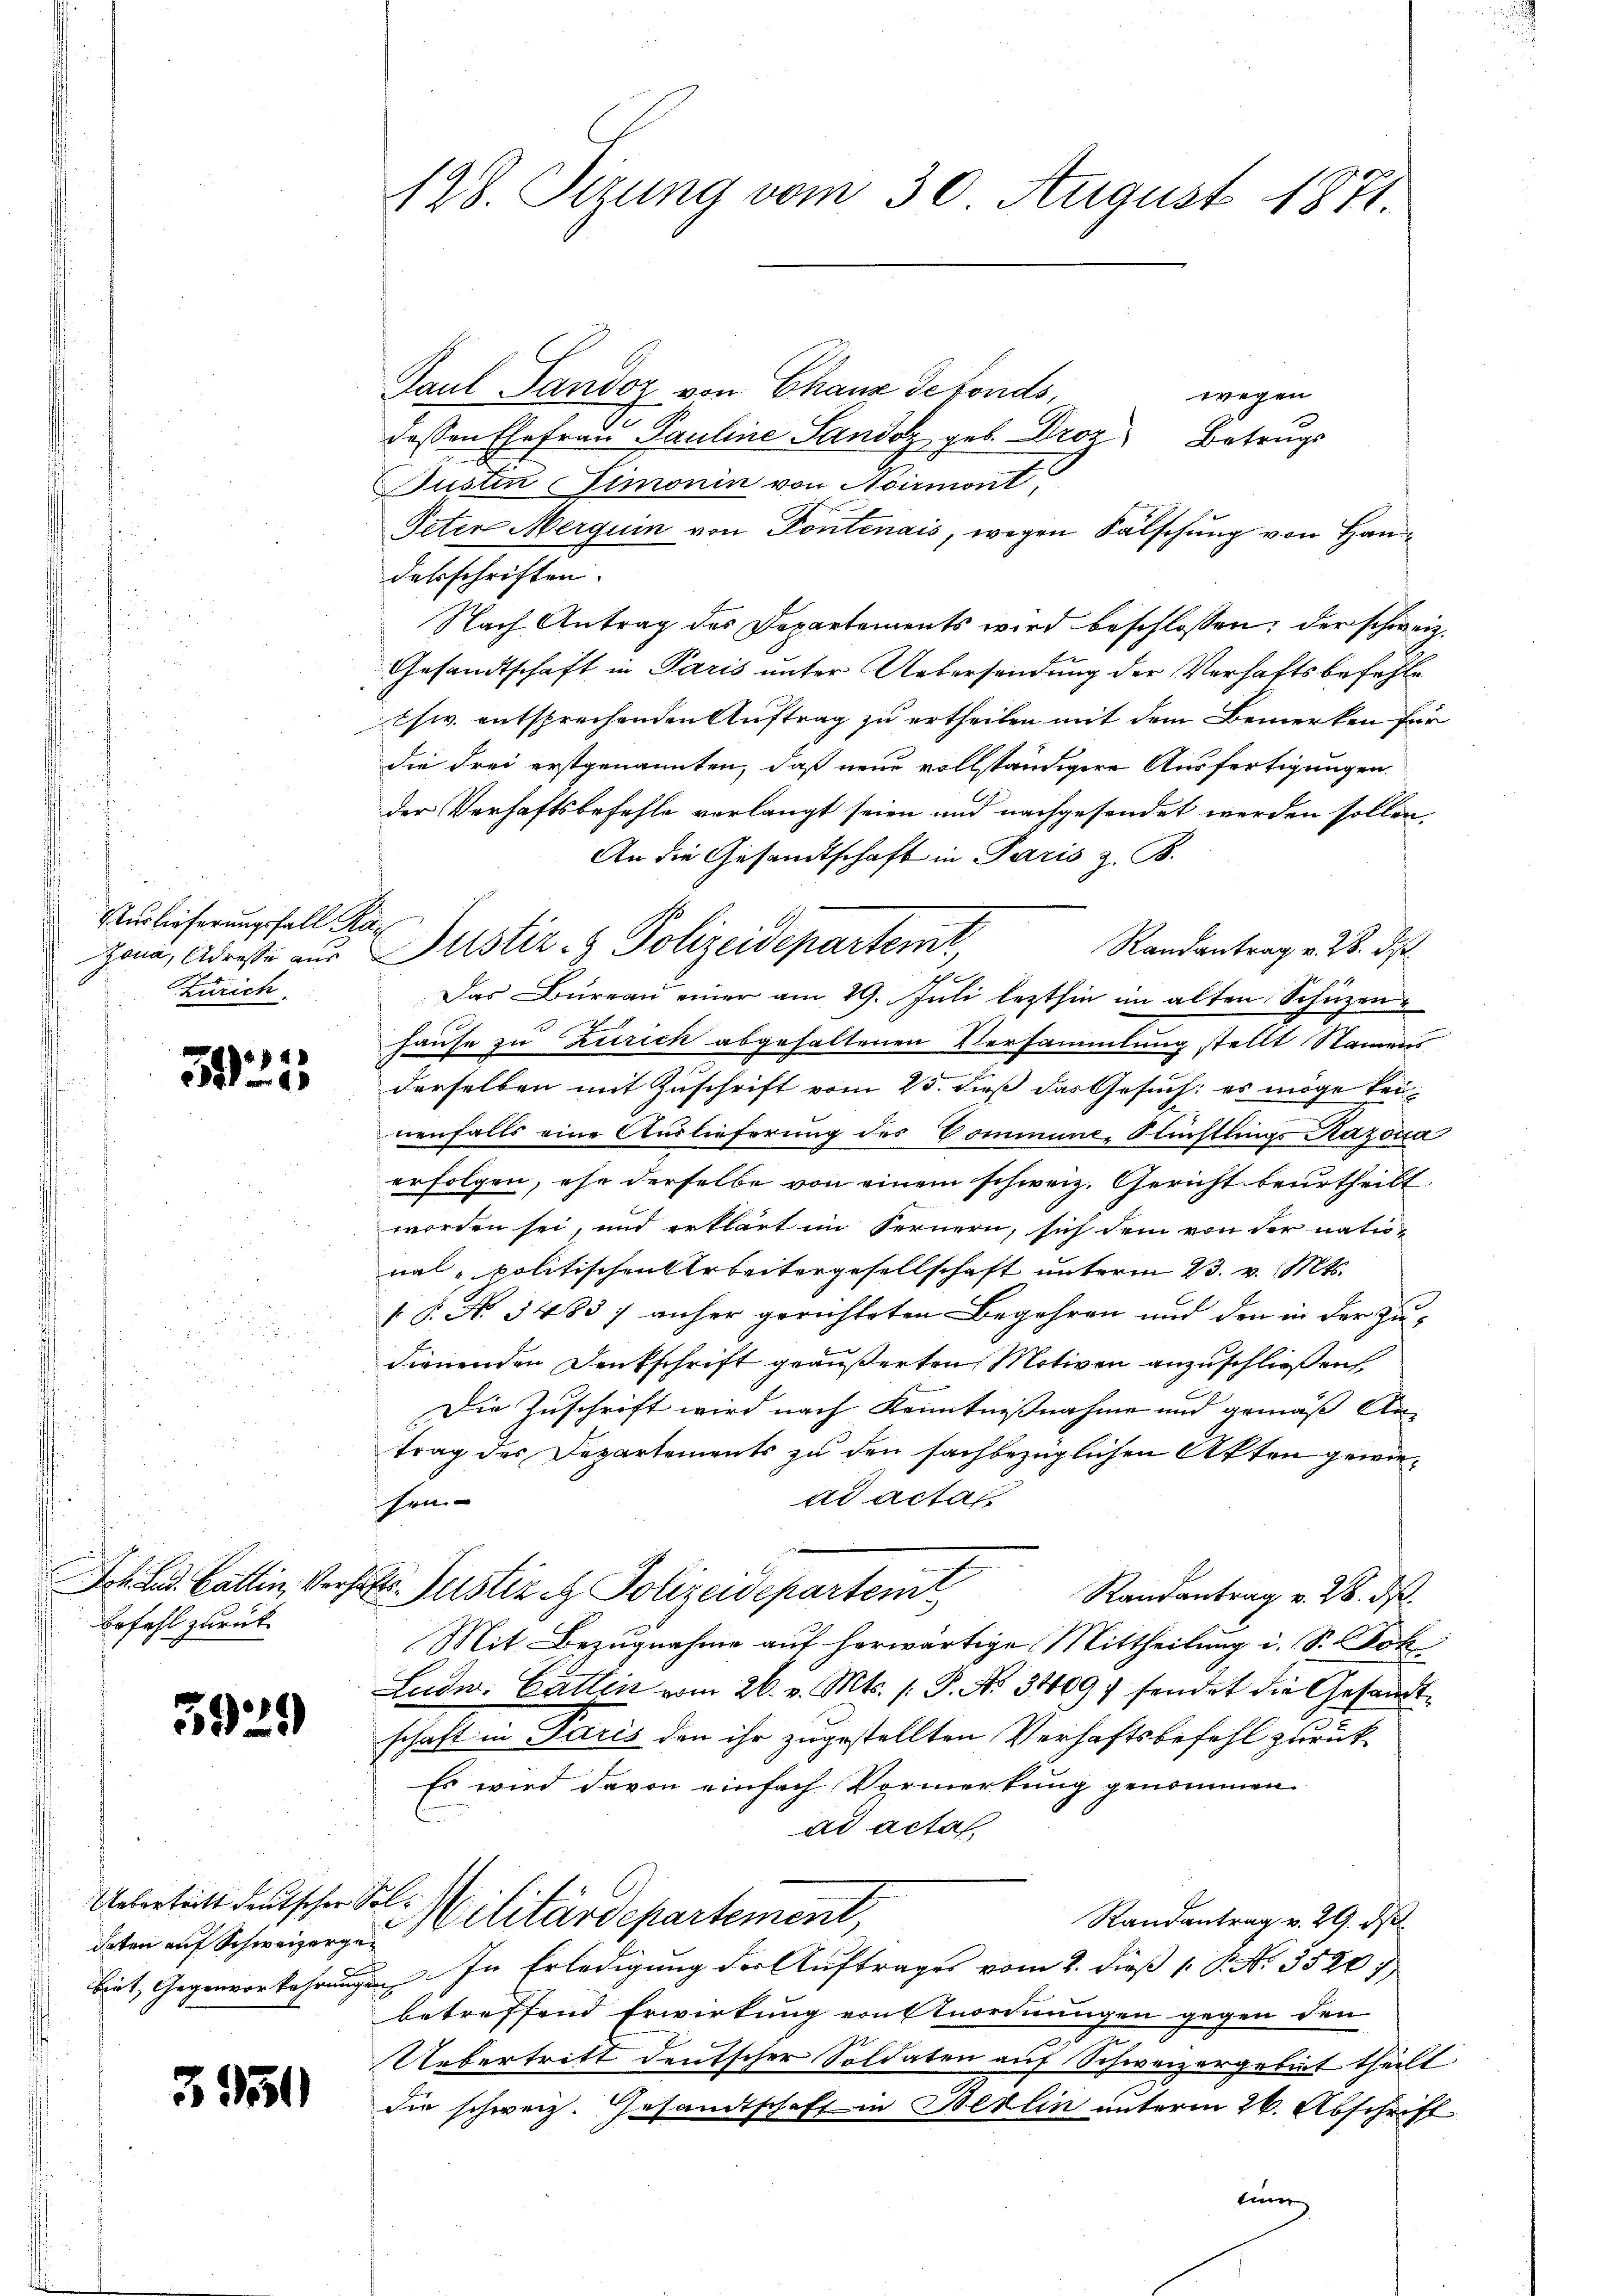
Kurlieferungsfall Ra
Zürich

994
9 60

Befehl zurück

5929

Uebertritt deutscher Soldeten auf Schweizerge¬

3951

128. Sizung vom 30. August 1871.

Paul Pandoz von Chanz Gefonds
dessen Ehefrau Pauline Sandoz geb. Droz Betrags
Busten Simonin von Noirmont,
Peten Merquin von Pontenais, wegen Fälschung von Handabschriften.
Nach Antrag des Departements wird beschlossen: der schweiz,
Gesandtschaft in Paris unter Uebersendung der Verhaftsbefehle
chw. entsprechenden Auftrag zu ertheilen mit dem Bemerken für
die Frei erstgenannten, daß neue vollständigere Ausfertigungen.
der Verhaftsbefehle verlangt seien und nachgesendet werden sollen,
An die Gesandtschaft in Paris z. B.
Randantrag v. 28. di
.
Das Büreau einer am 29. Juli lezthin im alten Schüzen¬
Hause zu Zürich abgehaltenen Versammlung stellt Namens
derselben mit Zuschrift vom 25. dieß das Gesuch: es möge kei-
nenfalls eine Auslieferung des Dominune, Nüchtlings Razona
erfolgen, ehe derselbe von einem schweiz. Gericht beurtheilt
worden sei, und erklärt im Fernern, sich dem von der nationalpolitischen Arbeitergesellschaft unterm 23. v. Mts.
[P. No. 3483 :/ anher gerichteten Begehren und den in der Zudienenden Denkschrift geäußerten Motiven anzuschließen,
Die Zuschrift wird nach Kenntnißnahme und gemäß An-
trag des Departements zu den sachbezüglichen Akten gewiead acta
chen
Joh und Gattin, Verhalte Justiz & Polizeidepartemt
Randantrag v. 28. ds.
Mit Bezugnahme auf herwärtige Mittheilung i. S. Dok
Lude: Catten vom 26. v. Mts. s. P. No 34097 sendet die Gesandtschaft in Paris den ihr zugestellten Verhaftsbefehl zurück¬
Es wird davon einfach Vormerkung genommen
ad acta
Militärdepartement,
Randantrag v. 29. ds.
biet, In Erledigung der Auftrages vom 2. dieß 1. P. No. 35207,
betreffend Erwirkung von Anordnungen gegen den
Uebertritt deutscher Soldaten auf Schweizergebiet theilt
die schweiz. Gesandtschaft in Berlin unterm 26. Abschrift
lung

Hona, Adreste aus Justiz- & Polizeidepartemt,

wegen